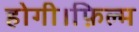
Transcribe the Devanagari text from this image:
होगी।फ़िल्म